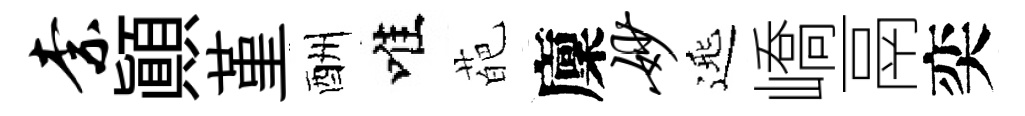
柰顚堇酬唯葩廩妙𨓱嶠鬲奕